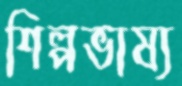
শিল্পভাষ্য